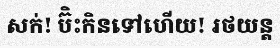
សក់! ប៊ិះកិនទៅហើយ! រថយន្ត